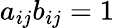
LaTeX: a_{ij}b_{ij}=1